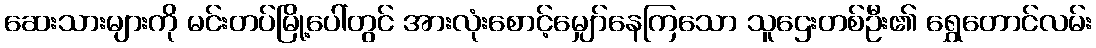
ဆေးသားများကို မင်းတပ်မြို့ပေါ်တွင် အားလုံးစောင့်မျှော်နေကြသော သူဌေးတစ်ဦး၏ ရွှေတောင်လမ်း